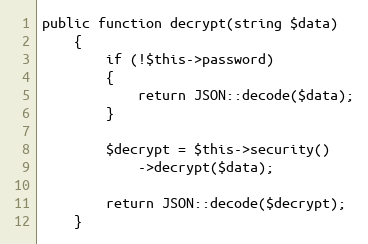
Language: PHP
public function decrypt(string $data)
    {
        if (!$this->password)
        {
            return JSON::decode($data);
        }

        $decrypt = $this->security()
            ->decrypt($data);

        return JSON::decode($decrypt);
    }